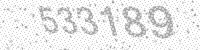
Solution: 533189